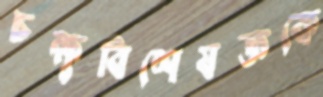
চক্ষুবিশেষজ্ঞকে